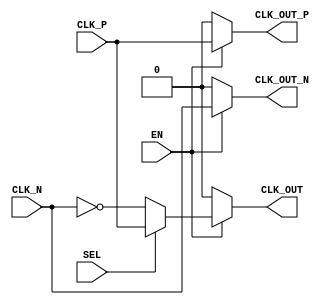
module differential_clock_buffer (
    input wire CLK_P,          // Positive differential clock input
    input wire CLK_N,          // Negative differential clock input
    input wire EN,             // Enable signal for the buffer
    input wire SEL,            // Select signal for single-ended output
    output reg CLK_OUT_P,      // Positive output clock signal
    output reg CLK_OUT_N,      // Negative output clock signal
    output reg CLK_OUT         // Optional single-ended output clock signal
);

// Internal signals for buffered clock
reg CLK_P_buf;
reg CLK_N_buf;

// Buffering process
always @(*) begin
    if (EN) begin
        // Buffering the differential inputs
        CLK_P_buf = CLK_P;  // Buffer the positive clock input
        CLK_N_buf = CLK_N;  // Buffer the negative clock input

        // Assigning outputs
        CLK_OUT_P = CLK_P_buf;
        CLK_OUT_N = CLK_N_buf;

        // Single-ended output logic based on SEL
        if (SEL) begin
            CLK_OUT = CLK_P_buf; // Use positive clock for single-ended output
        end else begin
            CLK_OUT = ~CLK_N_buf; // Invert negative clock for single-ended output
        end
    end else begin
        // Disable the buffer
        CLK_OUT_P = 1'b0;
        CLK_OUT_N = 1'b0;
        CLK_OUT = 1'b0;
    end
end

endmodule